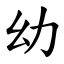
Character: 幼